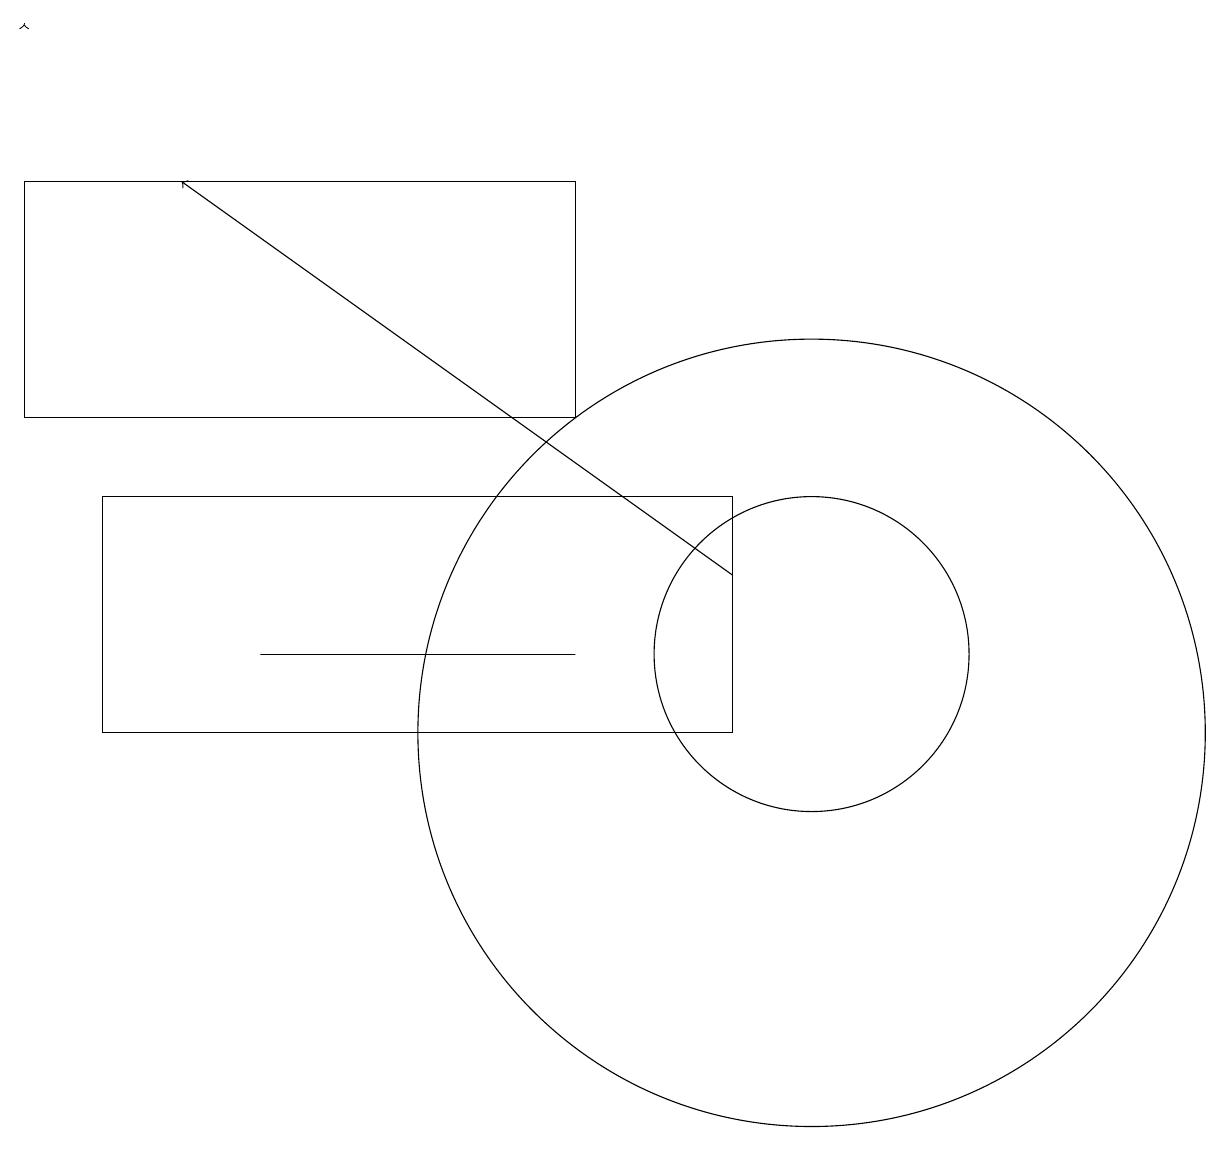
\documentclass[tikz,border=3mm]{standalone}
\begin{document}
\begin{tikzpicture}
\draw (10,10) circle (5);
\draw (0,17) rectangle (7,14);
\draw[->] (9,12) -- (2,17);
\draw (10,11) circle (2);
\draw (3,11) rectangle (7,11);
\draw[->] (0,19) -- (0,19);
\draw (1,13) rectangle (9,10);
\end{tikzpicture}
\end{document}